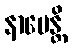
နာပေန္တိ